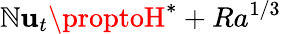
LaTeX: \mathbb{N}\mathbf{u}_{t}\proptoH^{*}+Ra^{1/3}